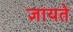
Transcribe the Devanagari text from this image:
ज्ञायते